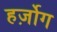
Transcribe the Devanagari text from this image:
हर्ज़ोग